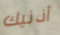
أذنيك